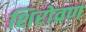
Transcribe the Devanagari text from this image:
शिरोव्रण